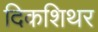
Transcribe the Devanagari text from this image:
दिकशिथर